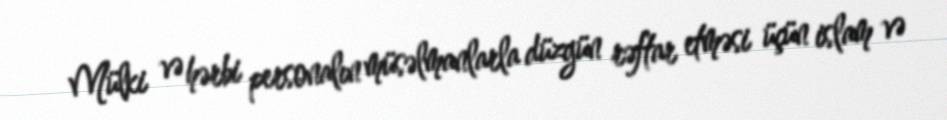
Mülki və hərbi personalın müsəlmanlarla düzgün rəftar etməsi üçün islam və